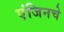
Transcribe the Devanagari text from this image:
एंजिनचे